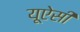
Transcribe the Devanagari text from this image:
यूऐसी